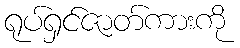
ရုပ်ရှင်ဇာတ်ကားကို